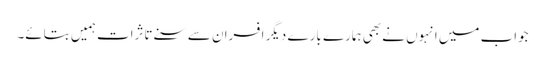
جواب میں انہوں نے بھی ہمارے بارے دیگر افسران سے سنے تاثرات ہمیں بتائے۔